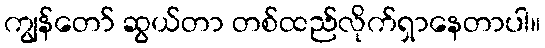
ကျွန်တော် ဆွယ်တာ တစ်ထည်လိုက်ရှာနေတာပါ။